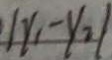
\vert y _ { 1 } - y _ { 2 } \vert